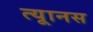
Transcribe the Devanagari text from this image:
त्यूानस